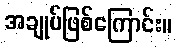
အချုပ်ဖြစ်ကြောင်း။